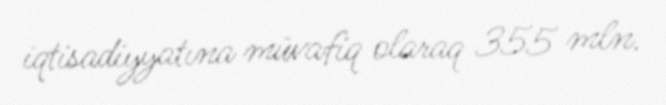
iqtisadiyyatına müvafiq olaraq 355 mln.